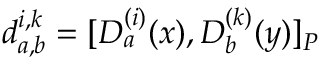
d _ { a , b } ^ { i , k } = [ D _ { a } ^ { ( i ) } ( x ) , D _ { b } ^ { ( k ) } ( y ) ] _ { P }